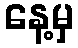
နေ့မှ